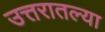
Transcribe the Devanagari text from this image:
उत्तरातल्या